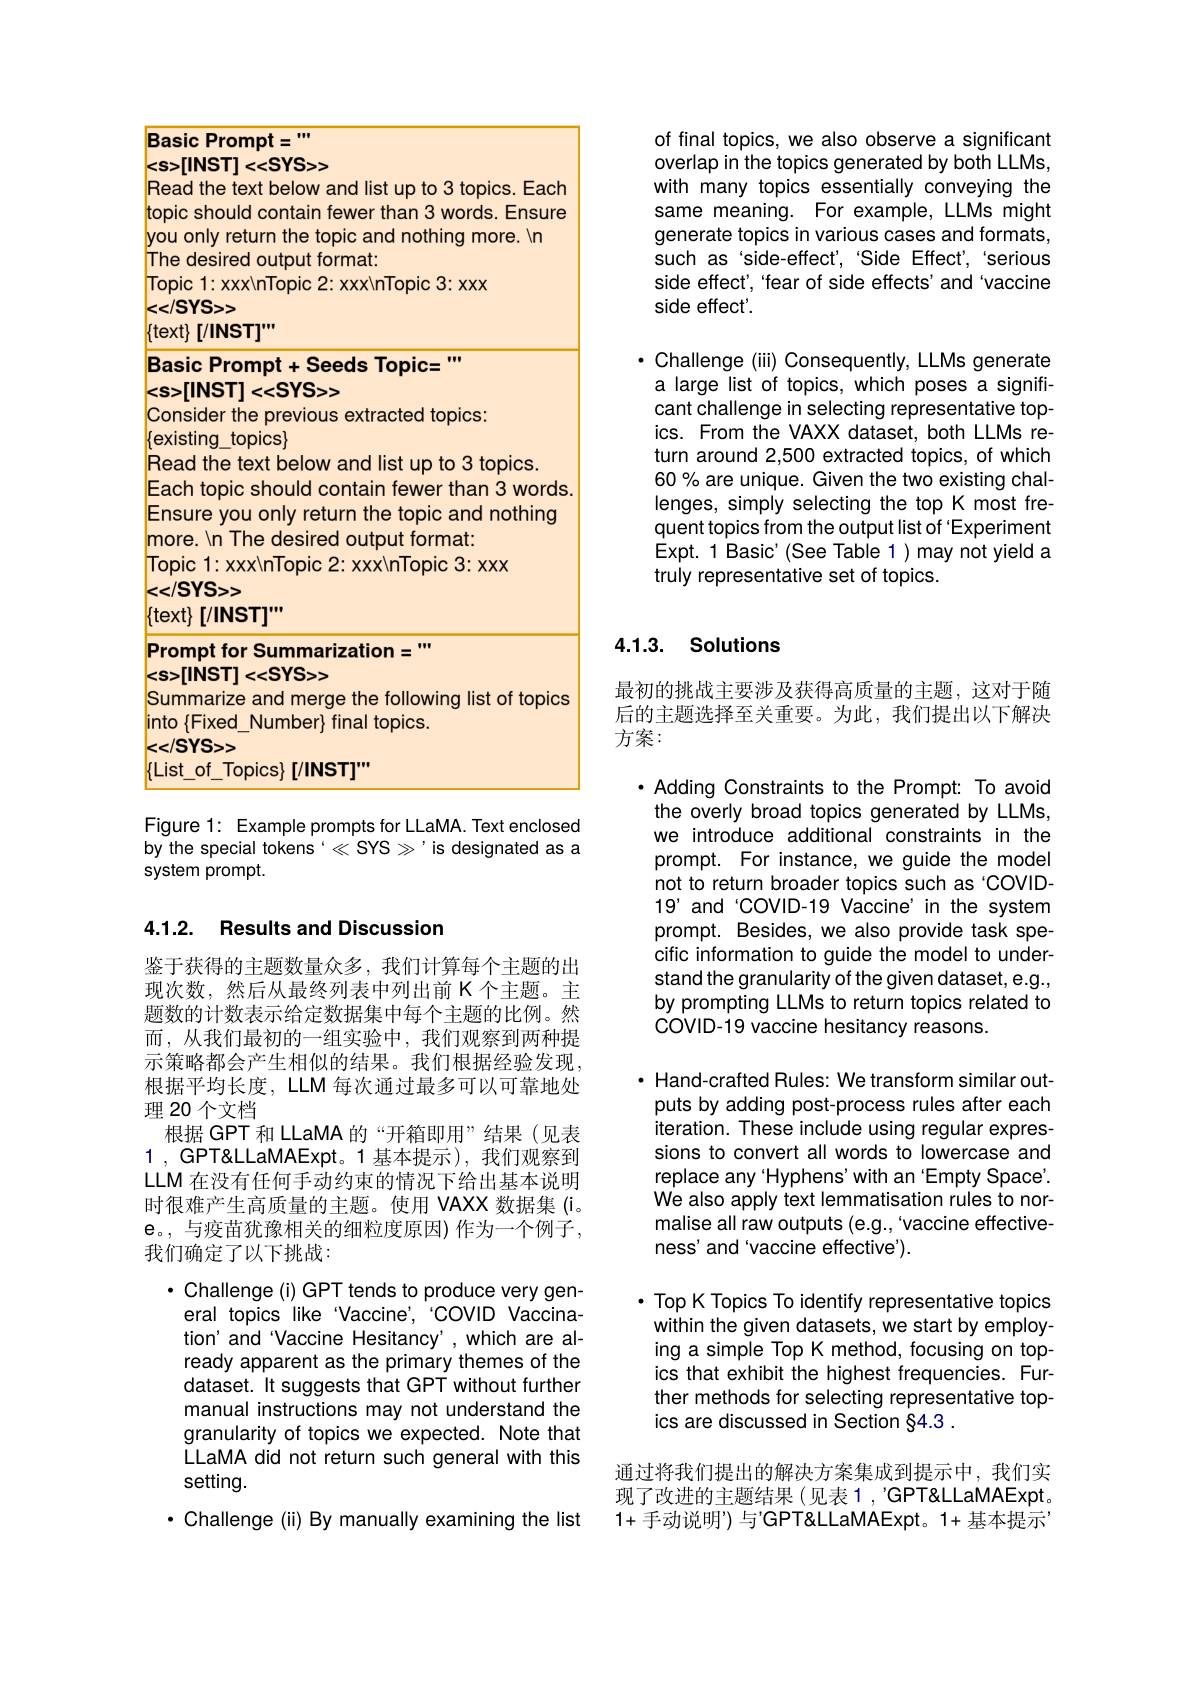
<table>
	<tbody>
		<tr>
			<td>E</td>
			<td>sic Prompt=</td>
		</tr>
		<tr>
			<td> </td>
			<td>id the text below and list up to 3 topics. Each c should contain fewer than 3 words. Ensure only return the topic and nothing more. In desired output format: ic 1: xxx\nTopic 2: xxx\nTopic 3: xxx SYS>> t3 WINST1</td>
		</tr>
		<tr>
			<td> </td>
			<td>:h topic should contain fewer than 3 words sure you only return the topic and nothing e. In The desired output format: ic 1: xxx\nTopic 2: xxx\nTopic 3: xxx SYS>> $:t\}
""$ mpt for Summarization="</td>
		</tr>
	</tbody>
</table>
by the special tokens‘《SYS》'is designated as a

system prompt.

## 4.1.2. Results and Discussion

鉴于获得的主题数量众多，我们计算每个主题的出现次数，然后从最终列表中列出前 K 个主题。主题数的计数表示给定数据集中每个主题的比例。然而，从我们最初的一组实验中，我们观察到两种提示策略都会产生相似的结果。我们根据经验发现根据平均长度，LLM 每次通过最多可以可靠地处理 20 个文档
根据 GPT 和 LLaMA 的“开箱即用”结果(见表1,GPT&LLaMAExpt。1 基本提示),我们观察到LLM 在没有任何手动约束的情况下给出基本说明时很难产生高质量的主题。使用 VAXX 数据集(i。$\mathbf{e}$。,与疫苗犹豫相关的细粒度原因)作为一个例子， 我们确定了以下挑战：
· Challenge (i) GPT tends to produce very gen-
eral topics like Vaccine', COVID Vaccination' and Vaccine Hesitancy' , which are already apparent as the primary themes of the dataset. It suggests that GPT without further manual instructions may not understand the granularity of topics we expected. Note that LLaMA did not return such general with this setting.
· Challenge (ii) By manually examining the list

of final topics, we also observe a significant overlap in the topics generated by both LLMs, with many topics essentially conveying the same meaning. For example, LLMs might generate topics in various cases and formats, such as 'side-effect', 'Side Effect', 'serious side effect', 'fear of side effects' and 'vaccine side effect'.

· Challenge (iii) Consequently, LLMs generate a large list of topics, which poses a significant challenge in selecting representative topics. From the VAXX dataset, both LLMs return around 2,500 extracted topics, of which 60% are unique. Given the two existing challenges, simply selecting the top K most frequent topics from the output list of 'Experiment Expt. 1 Basic' (See Table 1) may not yield a truly representative set of topics.

## 4.1.3. Solutions

最初的挑战主要涉及获得高质量的主题，这对于随后的主题选择至关重要。为此，我们提出以下解决方案：

· Adding Constraints to the Prompt: To avoid the overly broad topics generated by LLMs, we introduce additional constraints in the prompt. For instance, we guide the model not to return broader topics such as 'COVID- 19'and COVID-19 Vaccine'in the system prompt. Besides, we also provide task specific information to guide the model to understand the granularity of the given dataset, e.g., by prompting LLMs to return topics related to COVID-19 vaccine hesitancy reasons.

· Hand-crafted Rules: We transform similar outputs by adding post-process rules after each iteration. These include using regular expressions to convert all words to lowercase and replace any 'Hyphens'with an'Empty Space' We also apply text lemmatisation rules to normalise all raw outputs (e.g., 'vaccine effectiveness' and 'vaccine effective').

· Top K Topics To identify representative topics within the given datasets, we start by employing a simple Top K method, focusing on topics that exhibit the highest frequencies. Further methods for selecting representative topics are discussed in Section §4.3 .

通过将我们提出的解决方案集成到提示中，我们实现了改进的主题结果(见表1，'GPT&LLaMAExpt。1+手动说明”)与'GPT&LLaMAExpt。1+基本提示”